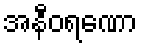
အနီဝရဏော